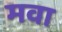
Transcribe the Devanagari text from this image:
मवा